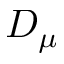
D _ { \mu }